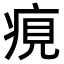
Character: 𤶻